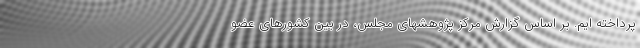
پرداخته ایم. بر اساس گزارش مرکز پژوهشهای مجلس، در بین کشورهای عضو